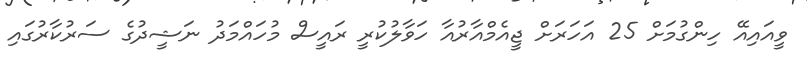
ވީއައިއޭ ހިންގުމަށް 25 އަހަރަށް ޖީއެމްއާރުއާ ހަވާލުކުރީ ރައީސް މުހައްމަދު ނަޝީދުގެ ސަރުކާރުގައި